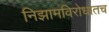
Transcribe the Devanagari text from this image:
निझामविरोधातच